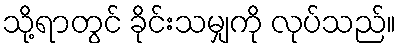
သို့ရာတွင် ခိုင်းသမျှကို လုပ်သည်။